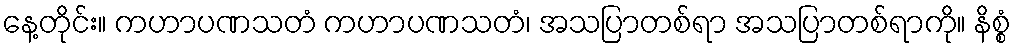
နေ့တိုင်း။ ကဟာပဏသတံ ကဟာပဏသတံ၊ အသပြာတစ်ရာ အသပြာတစ်ရာကို။ နိစ္စံ